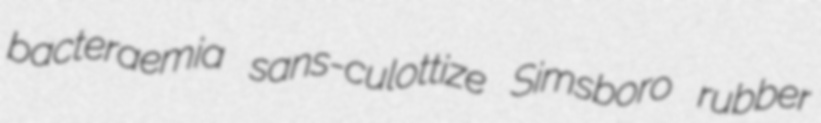
bacteraemia sans-culottize Simsboro rubber